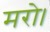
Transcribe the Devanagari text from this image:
मरो।